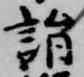
詣